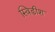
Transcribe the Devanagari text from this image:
स्विडीश